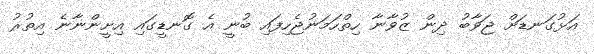
އަޅުގަނޑަށް ޖަވާބު ދިން ޒުވާނާ ހިތްހަމަނުޖެހިފައި ބުނީ އެ ގޮނޑީގައި އިށީންނާނެ އިތުރު